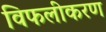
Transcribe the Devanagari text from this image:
विफलीकरण